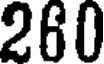
260